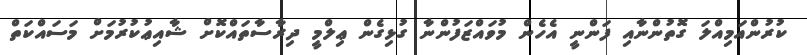
ކުރުންއަމިއްލަ ގޮތުންނާއި ފަންނީ އެހެން މުވައްޒަފުންނާ ގުޅިގެން ޢިލްމީ ދިރާސާތައްކޮށް ޝާއިޢުކުރުމަށް މަސައްކަތް